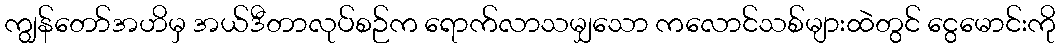
ကျွန်တော်အဟိမှ အယ်ဒီတာလုပ်စဉ်က ရောက်လာသမျှသော ကလောင်သစ်များထဲတွင် ငွေမောင်းကို